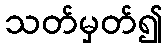
သတ်မှတ်၍